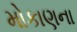
મોકાણના